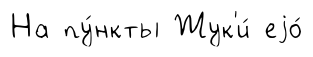
На пу́нкты Жук'и́ еjо́